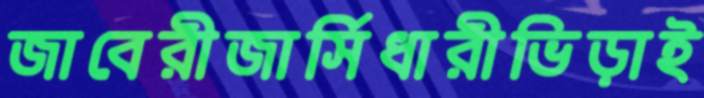
জাবেরীজার্সিধারীভিড়াই